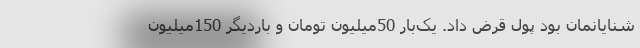
شنایانمان بود پول قرض داد. یک‌بار 50میلیون تومان و باردیگر 150میلیون